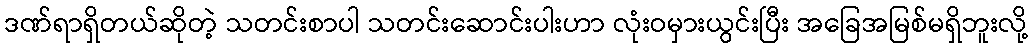
ဒဏ်ရာရှိတယ်ဆိုတဲ့ သတင်းစာပါ သတင်းဆောင်းပါးဟာ လုံးဝမှားယွင်းပြီး အခြေအမြစ်မရှိဘူးလို့